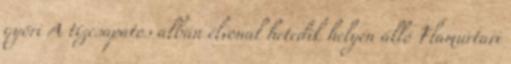
győri A tízcsapatos albán élvonal hetedik helyén álló Flamurtari